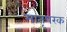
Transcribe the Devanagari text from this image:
मातृपरक